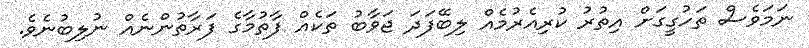
ނަމަވެސް ތަހުގީގަށް އިތުރު ކުރިއެރުމެއް ލިބޭފަދަ ޖަވާބު ތަކެއް ފާތުމާގެ ފަރާތުންނެއް ނުލިބުނެވެ.